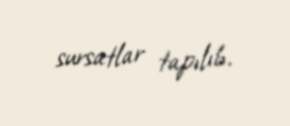
sursatlar tapılıb.